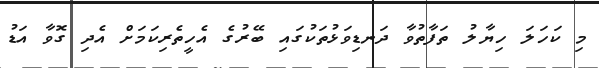
މި ކަހަލަ ހިޔާލު ތަފާތުވާ ދަނޑިވަޅުތަކުގައި ބޭރުގެ އެހީތެރިކަމަށް އެދި ގޮވާ އަޑު